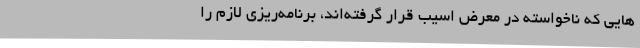
هایی که ناخواسته در معرض اسیب قرار گرفته‌اند، برنامه‌ریزی لازم را